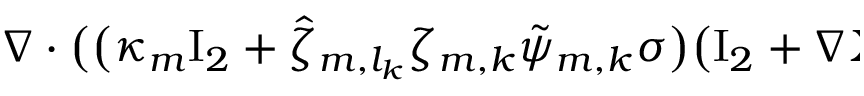
\begin{array} { r l } { \lefteqn { \nabla \cdot \bigl ( \bigl ( \kappa _ { m } \ensuremath { \mathrm { I } _ { 2 } } + \hat { \zeta } _ { m , l _ { k } } \zeta _ { m , k } \tilde { \psi } _ { m , k } \sigma \bigr ) \bigl ( \ensuremath { \mathrm { I } _ { 2 } } + \nabla \tilde { \Chi } _ { m , k } \bigr ) \bigr ) } \qquad } & { { } } \end{array}